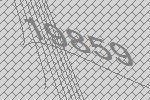
19859